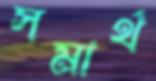
সমার্থ